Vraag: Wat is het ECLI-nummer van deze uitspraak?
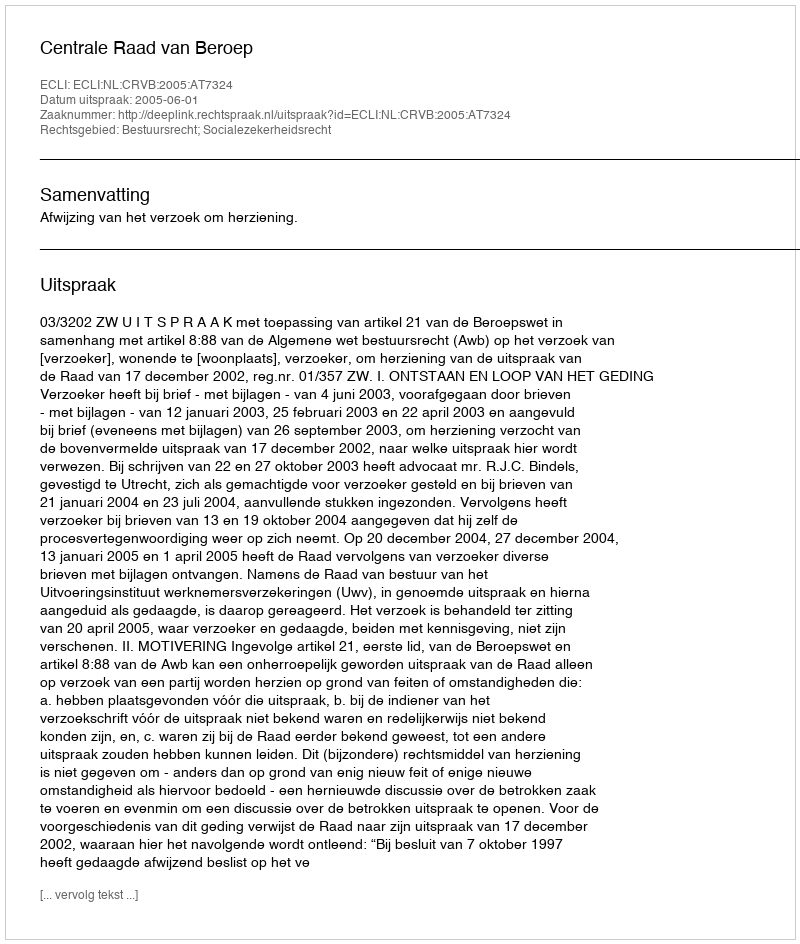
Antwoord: ECLI:NL:CRVB:2005:AT7324